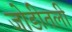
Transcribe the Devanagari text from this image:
जोडीतली